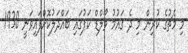
މި މެޗުގެ ކުރިން މި ދެ ގައުމު ވޯލްޑް ކަޕުގައި ބައްދަލުކޮށްފައިވަނީ 1930